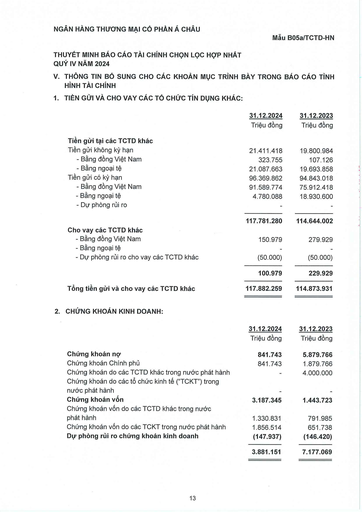
||31.12.2024|31.12.2023| |---|---|---| ||Triệu đồng|Triệu đồng| |Tiền gửi tại các TCTD khác||| |Tiền gửi không kỳ hạn|21.411.418|19.800.984| |- Bằng đồng Việt Nam|323.755|107.126| |- Bằng ngoại tệ|21.087.663|19.693.858| |Tiền gửi có kỳ hạn|96.369.862|94.843.018| |Bằng đồng Việt Nam|91.589.774|75.912.418| |Bằng ngoại tệ|4.780.088|18.930.600| |- Dự phòng rủi ro||| ||117.781.280|114.644.002| |Cho vay các TCTD khác||| |- Bằng đồng Việt Nam|150.979|279.929| |Bằng ngoại tệ||| |- Dự phòng rủi ro cho vay các TCTD khác|(50.000)|(50.000)| ||100.979|229.929| |Tổng tiền gửi và cho vay các TCTD khác|117.882.259|114.873.931| ||31.12.2024|31.12.2023| |---|---|---| ||Triệu đồng|Triệu đồng| |Chứng khoán nợ|841.743|5.879.766| |Chứng khoán Chính phủ|841.743|1.879.766| |Chứng khoán do các TCTD khác trong nước phát hành||4.000.000| |Chứng khoán do các tổ chức kinh tế ("TCKT") trong nước phát hành||| |Chứng khoán vốn|3.187.345|1.443.723| |Chứng khoán vốn do các TCTD khác trong nước phát hành|1.330.831|791.985| |Chứng khoán vốn do các TCKT trong nước phát hành|1.856.514|651.738| |Dự phòng rủi ro chứng khoán kinh doanh|(147.937)|(146.420)| ||3.881.151|7.177.069|